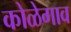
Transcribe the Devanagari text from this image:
कोळेगाव